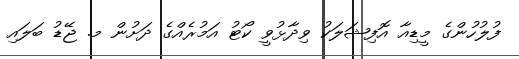
ފުލުހުންގެ މީޑިއާ އޮފިޝަލަކު ވިދާޅުވީ ކޯޓު އަމުރެއްގެ ދަށުން މ. ޖޭޑު ބަލައި